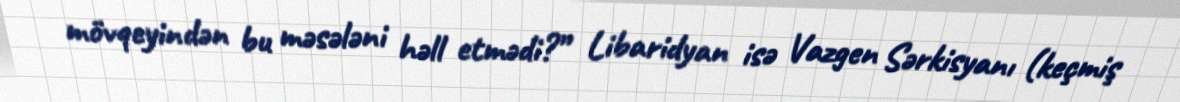
mövqeyindən bu məsələni həll etmədi?” Libaridyan isə Vazgen Sərkisyanı (keçmiş